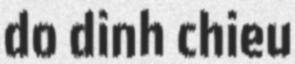
do dinh chieu